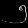
Digit: ၅